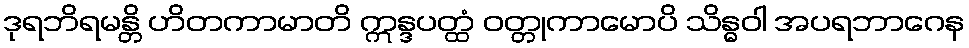
ဒုရဘိရမန္တိ ဟိတကာမာတိ ဣန္ဒပတ္ထံ ဝတ္တုကာမောပိ သိန္ဓဝါ အပရဘာဂေန